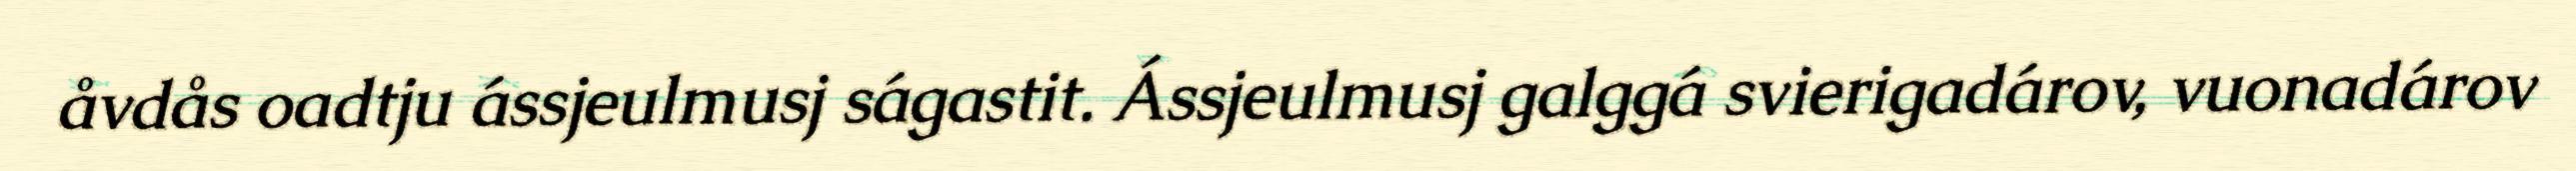
åvdås oadtju ássjeulmusj ságastit. Ássjeulmusj galggá svierigadárov, vuonadárov